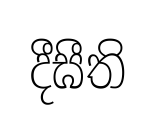
දීඝීති